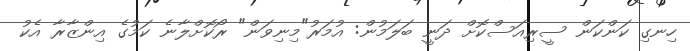
ހިނގި ކަންކަން ސީރިއަސްކޮށް ދަނީ ބަލަމުން: އުމަރު"މިނިވަން" ރޯކޮށްލާނެ ކަމުގެ އިންޒާރާ އެކު